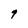
Character: 9